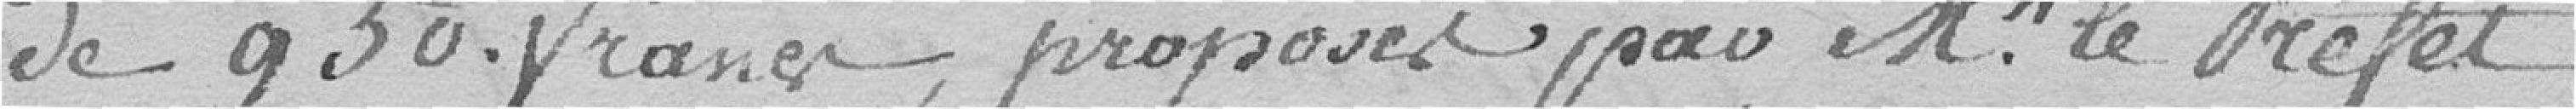
de 950 francs, proposés par Mr le Préfet.